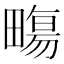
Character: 𤳈